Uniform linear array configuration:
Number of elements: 16
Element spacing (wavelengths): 1
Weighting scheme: blackman
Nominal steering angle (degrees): -30
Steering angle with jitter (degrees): -28.713
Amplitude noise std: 0.05
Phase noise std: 0.05

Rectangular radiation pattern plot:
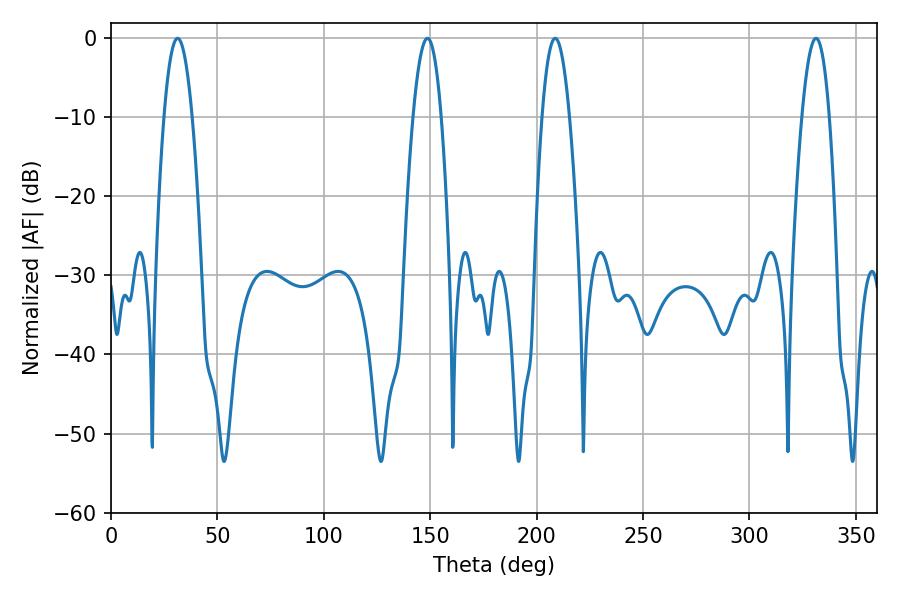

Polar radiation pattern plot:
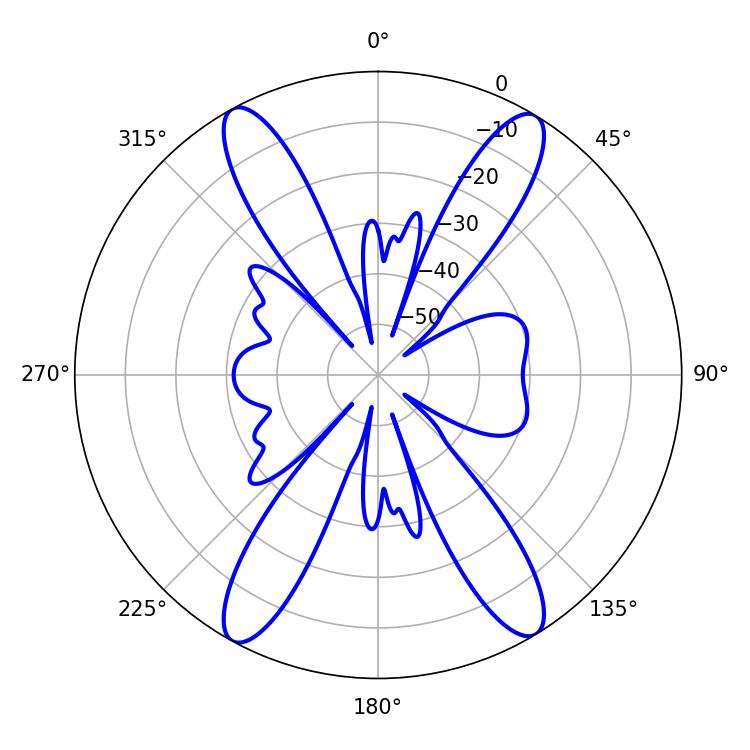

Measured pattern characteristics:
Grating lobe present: TRUE
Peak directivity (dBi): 21.585
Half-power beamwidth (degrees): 7.2
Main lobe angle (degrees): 148.68